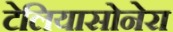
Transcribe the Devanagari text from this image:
टेलियासोनेरा